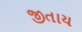
જીતાય